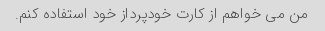
من می خواهم از کارت خودپرداز خود استفاده کنم.